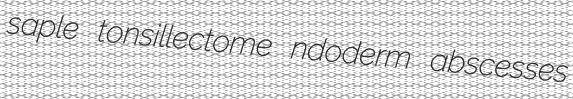
saple tonsillectome ndoderm abscesses